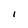
Character: I